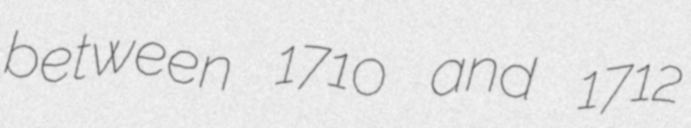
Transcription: between 1710 and 1712